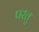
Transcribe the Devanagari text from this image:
पर॑तु